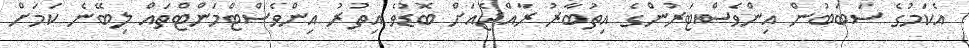
އެކަމުގެ ސަބަބުން އިންވެސްޓަރުންގެ އިތުބާރު ރާއްޖެއަށް ބޮޑުވެ އިތުރު އިންވެސްޓްމަންޓްތައް ލިބޭނެ ކަމަށް